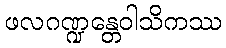
ဖလဂဏ္ဍန္တေဝါသိကဿ